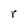
Character: r